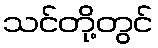
သင်တို့တွင်